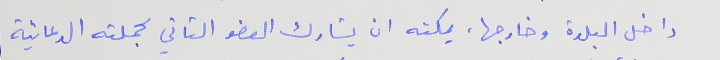
داخل البلدة وخارجها، يمكته ان يشارك العضو الثاني بحملته الدعائية